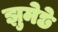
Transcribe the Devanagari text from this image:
झुमेछे